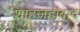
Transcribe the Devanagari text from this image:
शाहजहांबाद